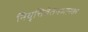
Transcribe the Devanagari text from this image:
निवृत्तिवेतनधारक